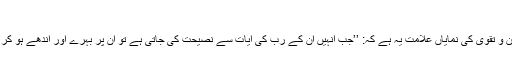
(محمد:۲۴)
قرآن کے نزدیک صاحبان ایمان و تقویٰ کی نمایاں علامت یہ ہے کہ: ’’جب انہیں ان کے رب کی آیات سے نصیحت کی جاتی ہے تو ان پر بہرے اور اندھے ہو کر نہیں گر پڑتے‘‘ (الفرقان:۷۳)۔